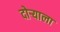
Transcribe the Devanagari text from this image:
दोऱ्याला